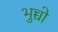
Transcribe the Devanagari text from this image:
भुच्चो